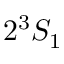
2 ^ { 3 } S _ { 1 }